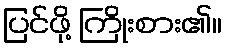
ပြင်ဖို့ ကြိုးစား၏။